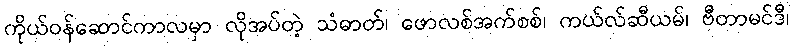
ကိုယ်ဝန်ဆောင်ကာလမှာ လိုအပ်တဲ့ သံဓာတ်၊ ဖောလစ်အက်စစ်၊ ကယ်လ်ဆီယမ်၊ ဗီတာမင်ဒီ၊